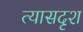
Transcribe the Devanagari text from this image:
त्यासदृश